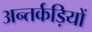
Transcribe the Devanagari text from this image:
अन्तर्कड़ियों